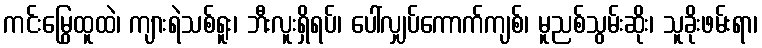
ကင်းမြွေထူထဲ၊ ကျားရဲသစ်ရူး၊ ဘီးလူးရှိရပ်၊ ပေါ်လျှပ်ကောက်ကျစ်၊ မူညစ်သွမ်းဆိုး၊ သူခိုးဖမ်းရာ၊